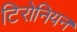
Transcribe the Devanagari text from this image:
टिरोनियन